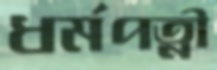
ধর্মপত্নী